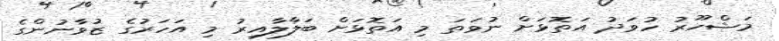
މަޝްހޫރު ހުވަދު އަތޮޅަށް ނުވަތަ މި އަތޮޅަށް ބަލާލާއިރު މި އަހަރުގެ ޒުވާނުންގެ